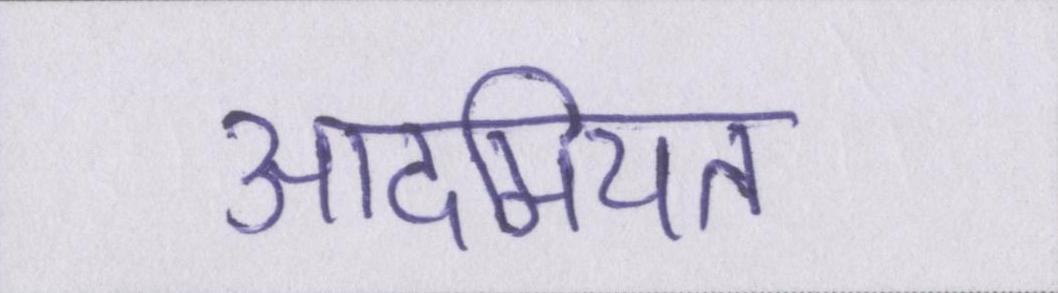
आदमियत